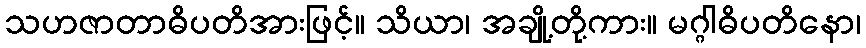
သဟဇာတာဓိပတိအားဖြင့်။ သိယာ၊ အချို့တို့ကား။ မဂ္ဂါဓိပတိနော၊